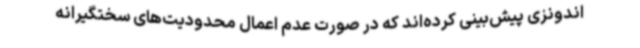
اندونزی پیش‌بینی کرده‌اند که در صورت عدم اعمال محدودیت‌های سختگیرانه